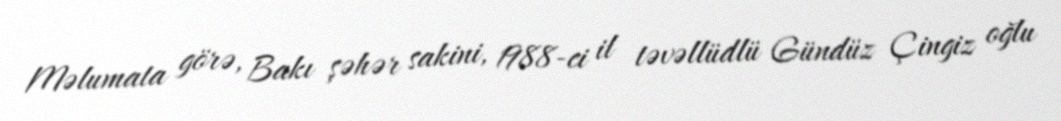
Məlumata görə, Bakı şəhər sakini, 1988-ci il təvəllüdlü Gündüz Çingiz oğlu